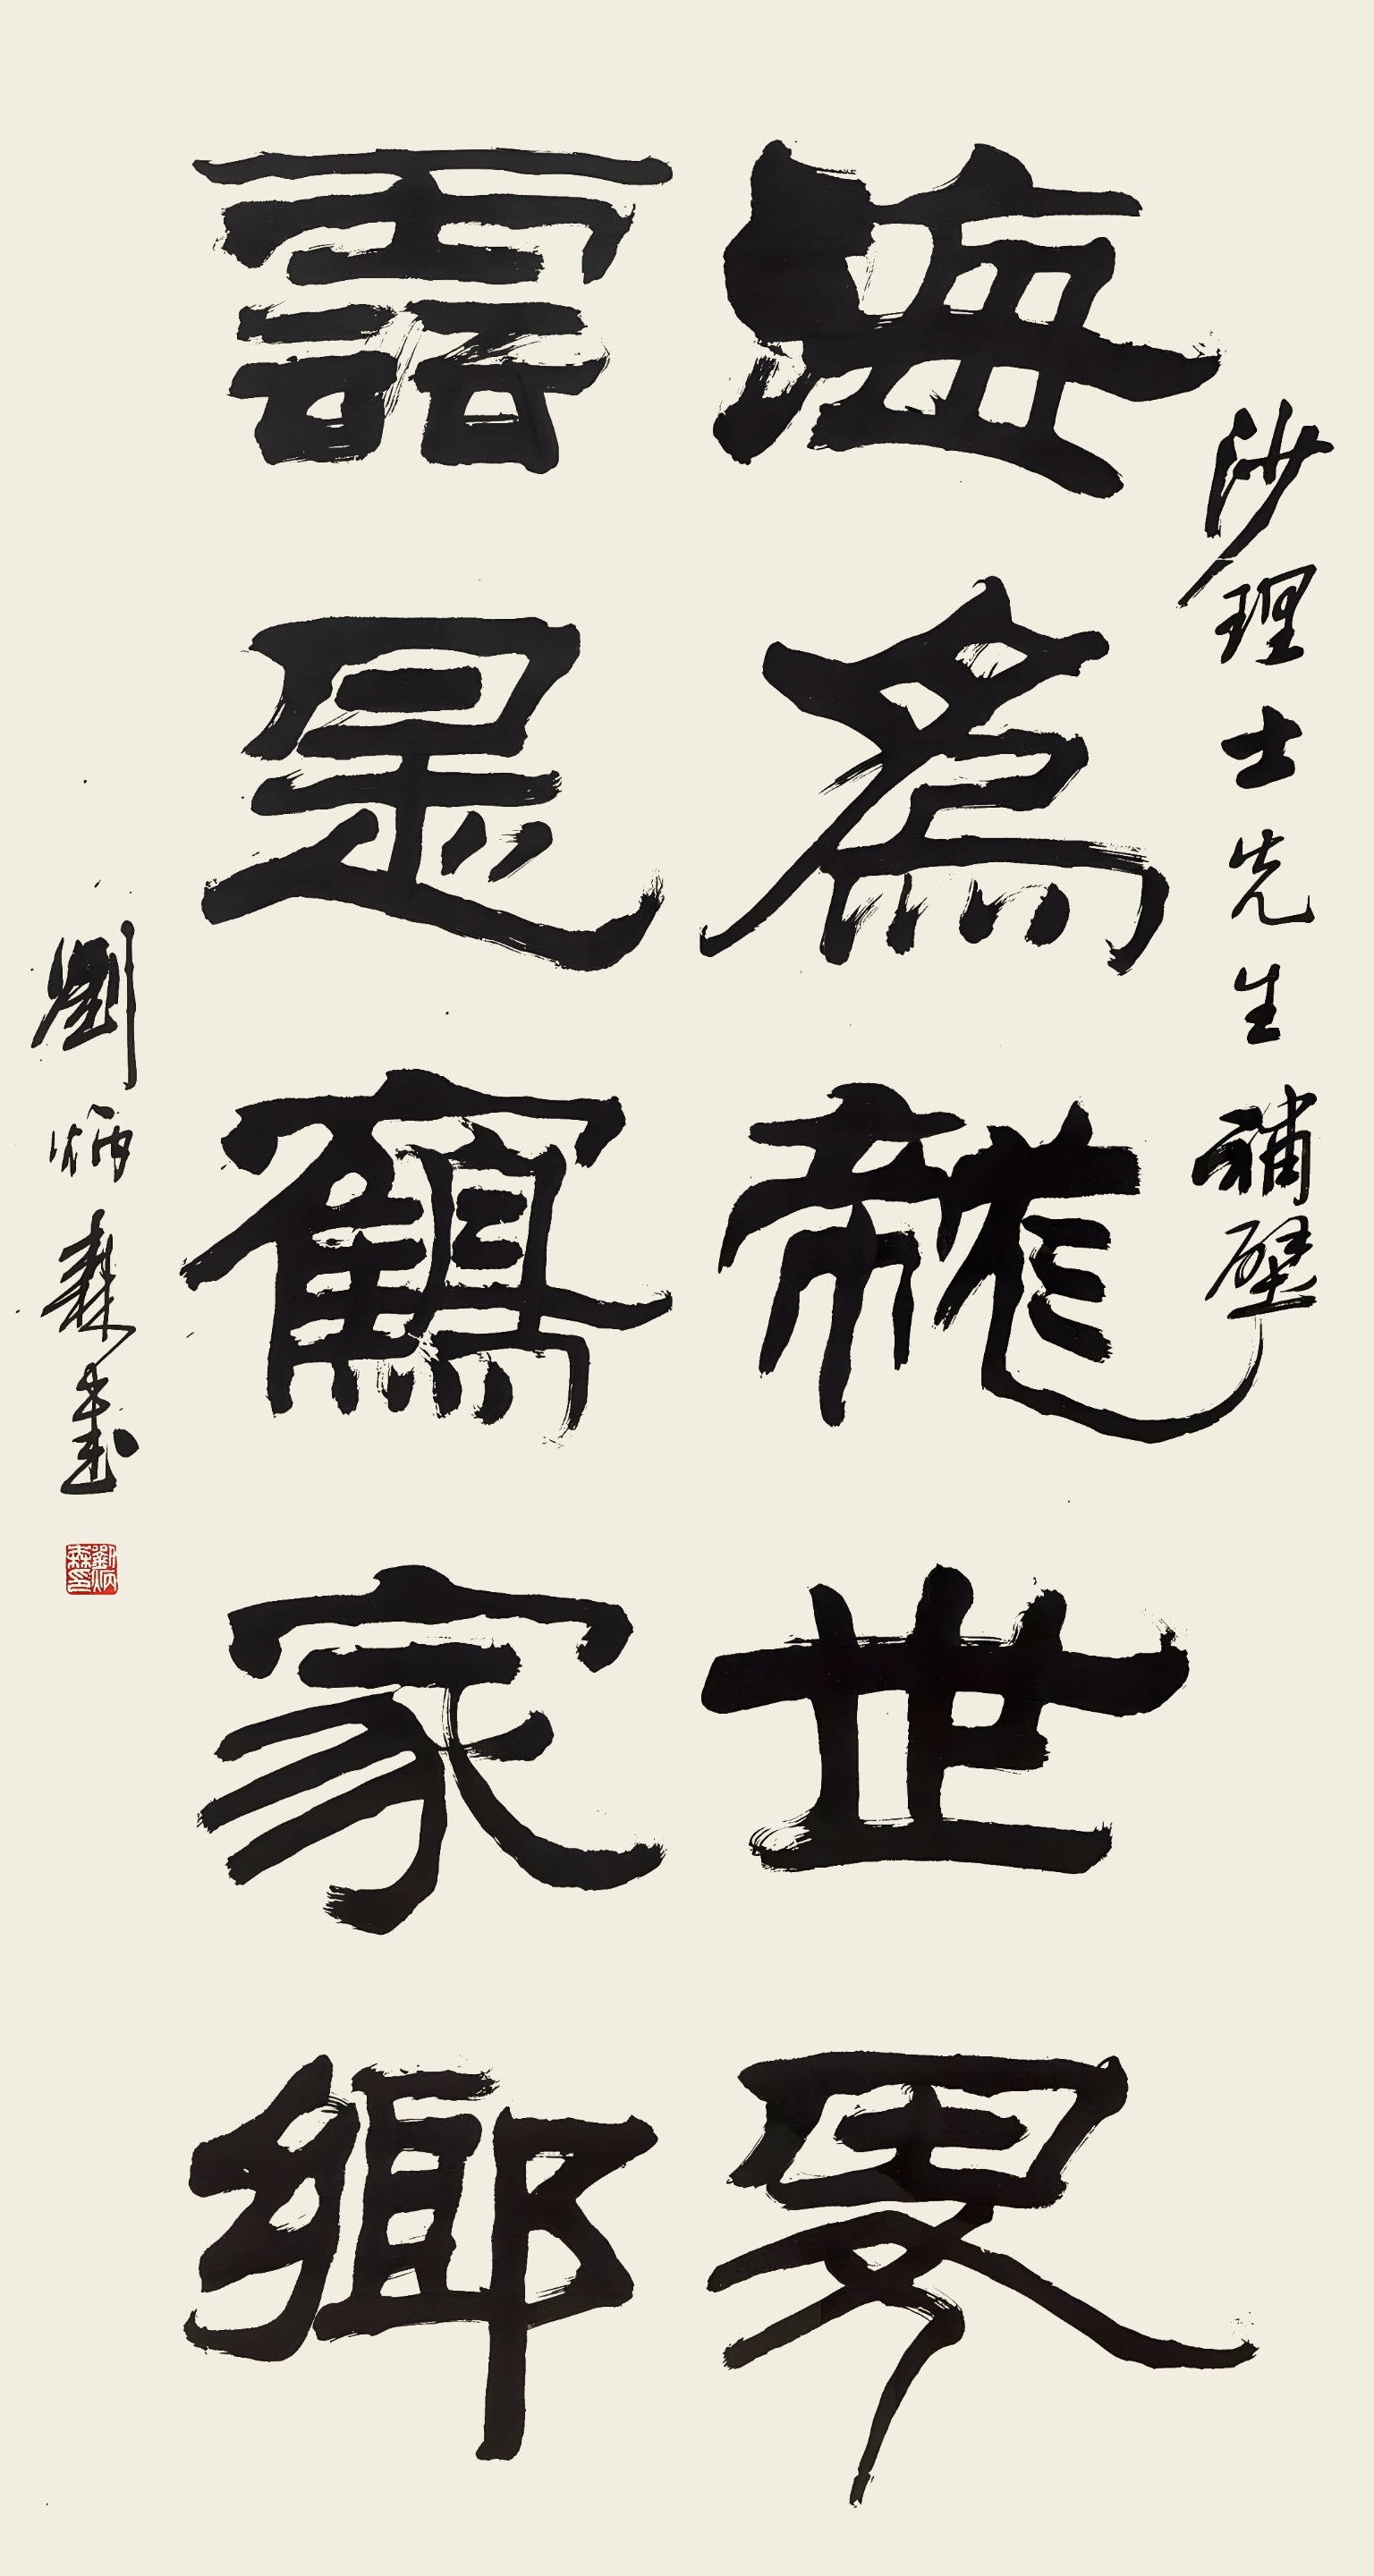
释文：海为龙世界，云是鹤家乡。沙理士先生补壁。刘炳森书。